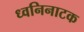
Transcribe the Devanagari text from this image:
ध्वनिनाटक